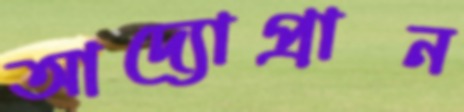
আদ্যোপ্রান